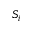
S _ { i }